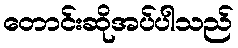
တောင်းဆိုအပ်ပါသည်